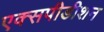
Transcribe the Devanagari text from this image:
एक्सपीडीशन